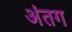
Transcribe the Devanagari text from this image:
अंतग